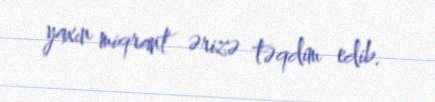
yaxın miqrant ərizə təqdim edib.